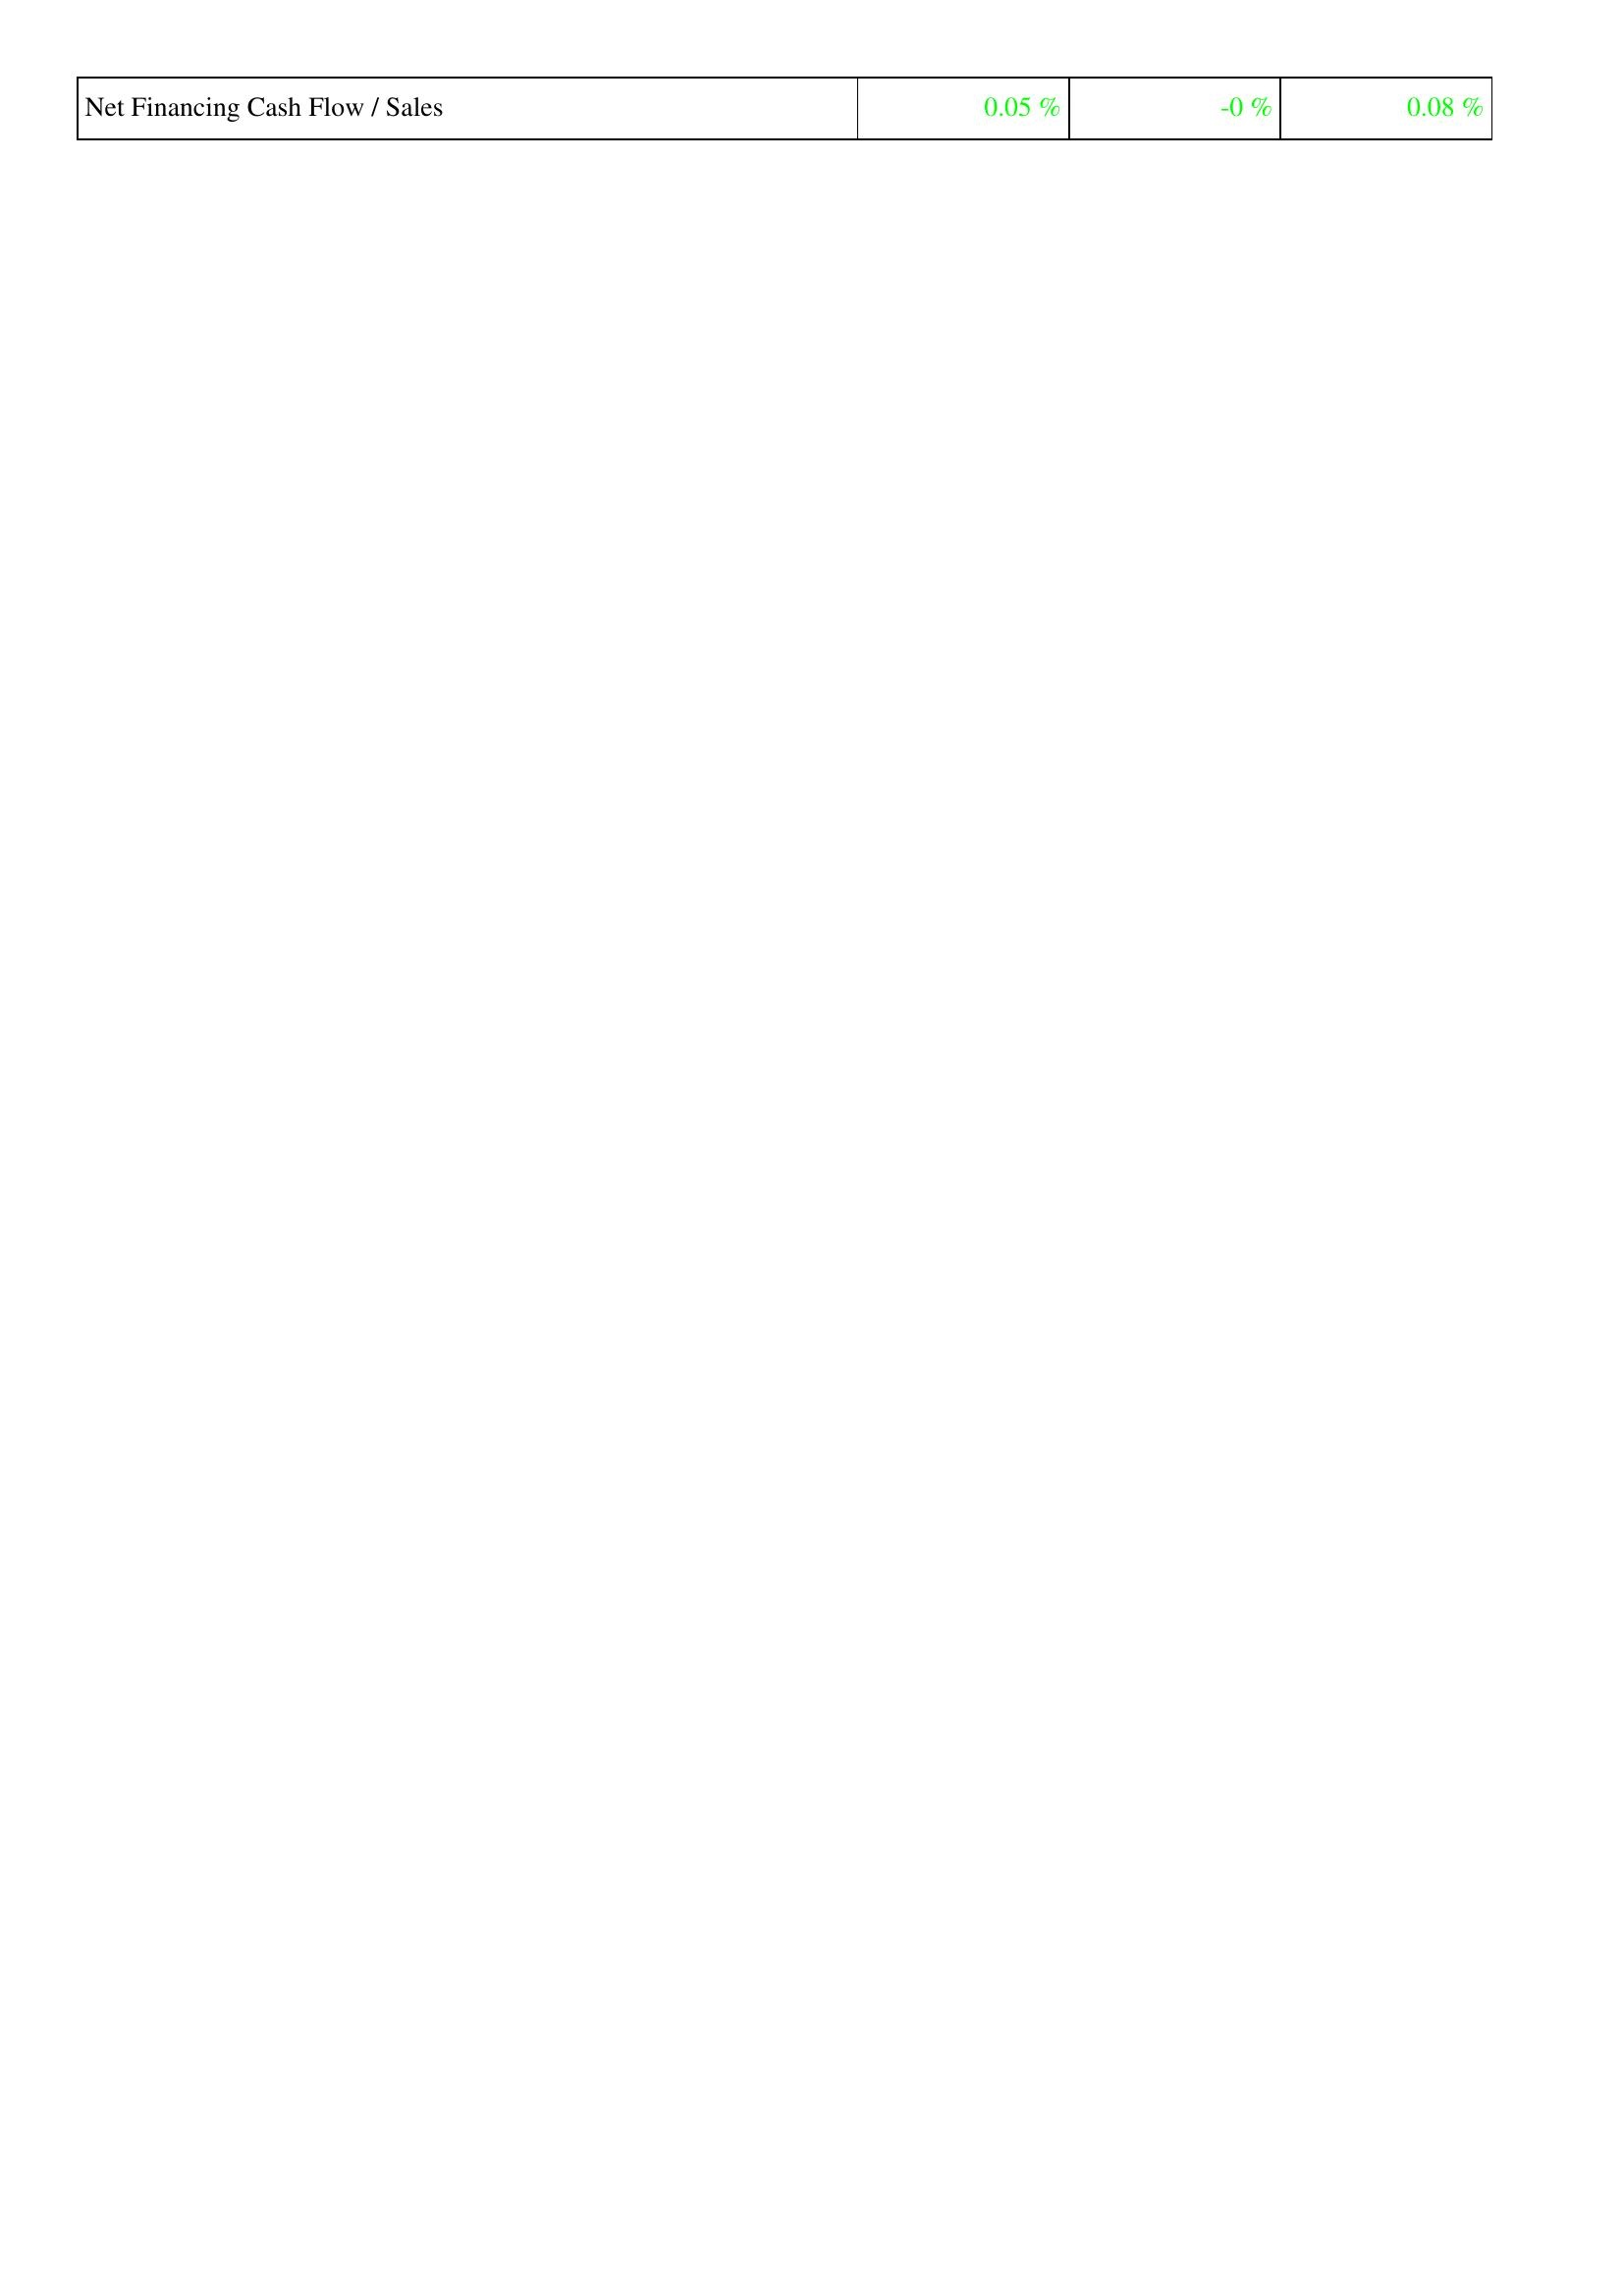
2022: Financing Activities: Net Financing Cash Flow / Sales: 0.05 %
2021: Financing Activities: Net Financing Cash Flow / Sales: -0 %
2020: Financing Activities: Net Financing Cash Flow / Sales: 0.08 %